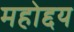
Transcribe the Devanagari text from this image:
महोद्दय